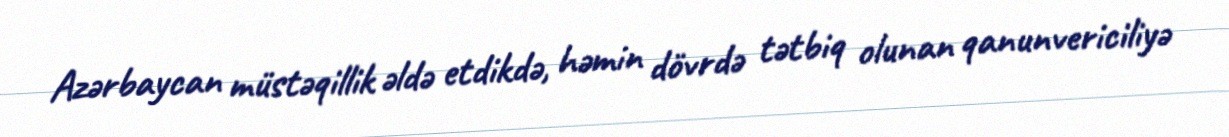
Azərbaycan müstəqillik əldə etdikdə, həmin dövrdə tətbiq olunan qanunvericiliyə